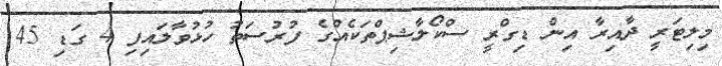
މިލިޓަރީ ދާއިރާ އިން ޑިގްރީ ސްކޯލާޝިޕްތަކެއްގެ ފުރުސަތު ހުޅުވާލައިފި 4 ގަޑި 45